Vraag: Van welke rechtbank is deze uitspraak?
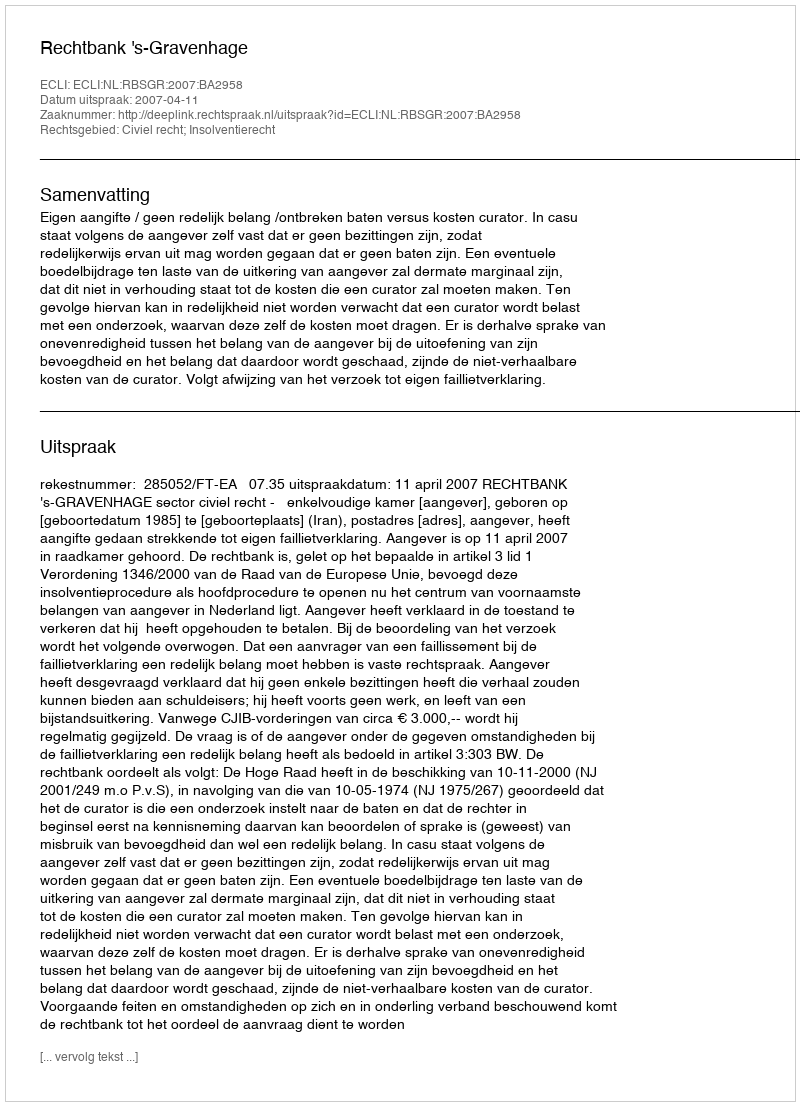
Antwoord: Rechtbank 's-Gravenhage